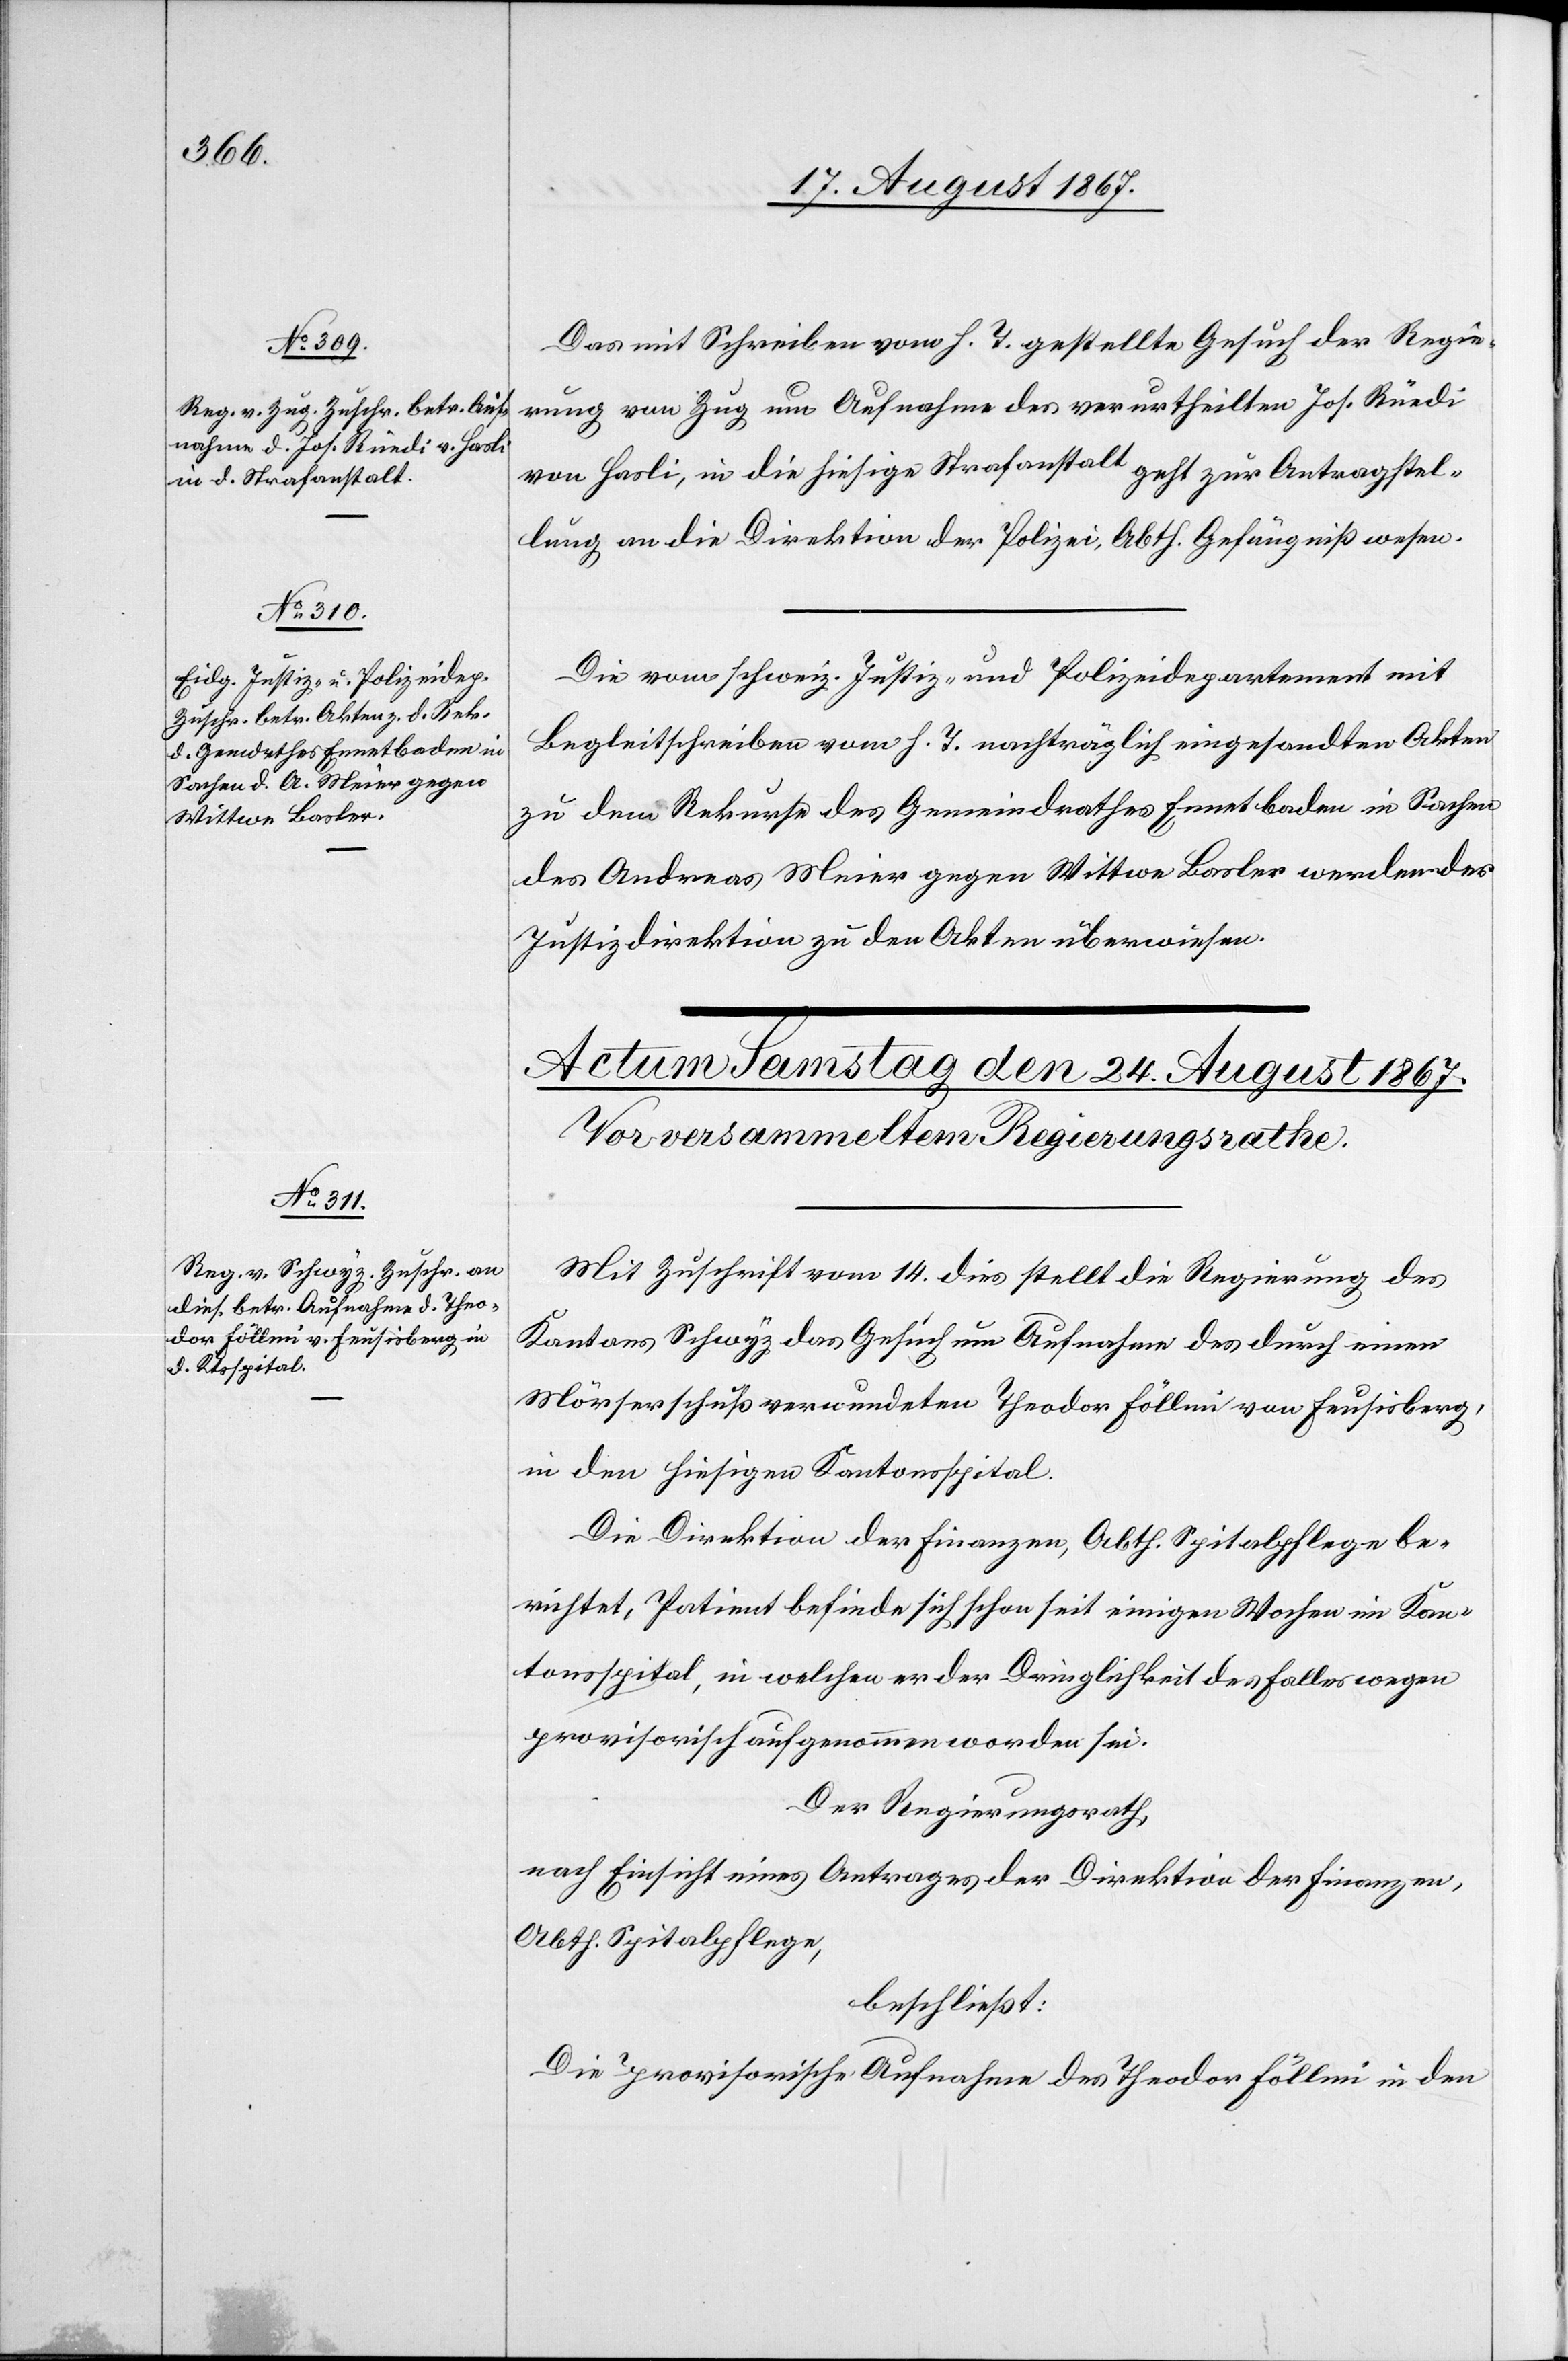
23. August 1867.]
Das mit Schreiben vom h. T. gestellte Gesuch der Regie¬
rung von Zug um Aufnahme des verurtheilten Jos. Ründi
von Hasli, in die hiesige Strafanstalt geht zur Antragstel¬
lung an die Direktion der Polizei, Abth. Gefängnißwesen.
Die vom schweiz. Justiz- und Polizeidepartement mit
Begleitschreiben vom h. T. nachträglich eingesandten Akten
zu dem Rekurse des Gemeindrathes Ennetbaden in Sachen
des Andreas Meier gegen Wittwe Basler werden der
Justizdirektion zu den Akten überwiesen.
Mit Zuschrift vom 14. dies stellt die Regierung des
Kantons Schwyz das Gesuch um Aufnahme des durch einen
Mörserschuß verwundeten Theodor Föllmi von Feusisberg,
in den hiesigen Kantonsspital.
Die Direktion der Finanzen, Abth. Spitalpflege be¬
richtet, Patient befinde sich schon seit einigen Wochen im Kan¬
tonsspital, in welchen er der Dringlichkeit des Falles wegen
provisorisch aufgenommen worden sei.
Der Regierungsrath,
nach Einsicht eines Antrages der Direktion der Finanzen,
Abth. Spitalpflege,
beschließt:
Die provisorische Aufnahme des Theodor Föllmi in den